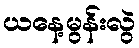
ယနေ့မွန်းလွဲ